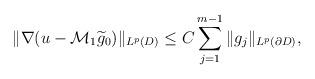
LaTeX: \begin{align*}\|\nabla(u-\mathcal{M}_{1}\widetilde{g}_{0})\|_{L^{p}(D)}\leq C\sum_{j=1}^{m-1}\|g_{j}\|_{L^{p}(\partial D)},\end{align*}